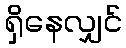
ရှိနေလျှင်